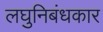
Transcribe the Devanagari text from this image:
लघुनिबंधकार